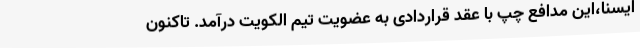
ایسنا،این مدافع چپ با عقد قراردادی به عضویت تیم الکویت درآمد. تاکنون